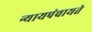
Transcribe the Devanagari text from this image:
न्यायपंचायते